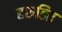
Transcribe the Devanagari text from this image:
हरुहित